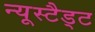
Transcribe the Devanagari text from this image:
न्यूस्टैड्ट